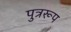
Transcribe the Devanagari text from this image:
पुत्ररूप